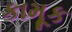
કામૂક